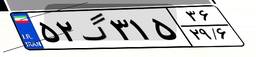
۵۲گ۳۱۵۳۶